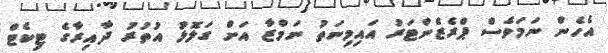
އެހެން ނަމަވެސް ޕްރެޒެންޓަރު އައިމިނަތު ނަމްޒާ އަށް ގަލޮޅު އުތުރު ދާއިރާގެ ޓިކެޓް